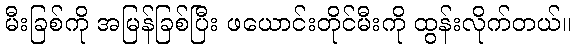
မီးခြစ်ကို အမြန်ခြစ်ပြီး ဖယောင်းတိုင်မီးကို ထွန်းလိုက်တယ်။